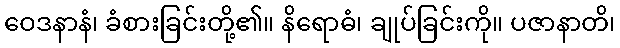
ဝေဒနာနံ၊ ခံစားခြင်းတို့၏။ နိရောဓံ၊ ချုပ်ခြင်းကို။ ပဇာနာတိ၊